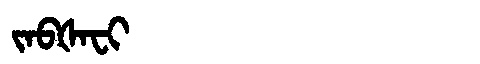
Manchu: ᠵᠠᠪᡧᠠᠸᡳ
Romanization: JABŠAFI